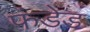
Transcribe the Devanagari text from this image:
फंडेड